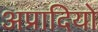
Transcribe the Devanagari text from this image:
अप्रादियो